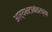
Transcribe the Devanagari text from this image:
आर्यभटानंतरच्या